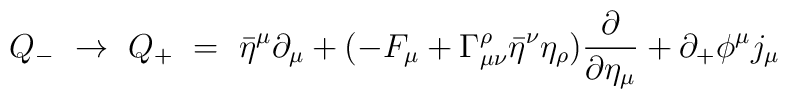
Q_- ~\to ~ Q_+ ~=~  \bar\eta^\mu \partial_\mu + ( -F_\mu +\Gamma^\rho_{\mu\nu} \bar\eta^\nu\eta_\rho  ) {\partial \over \partial  \eta_\mu } + \partial_+\phi^\mu j_\mu